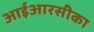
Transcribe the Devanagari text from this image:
आईआरसीका